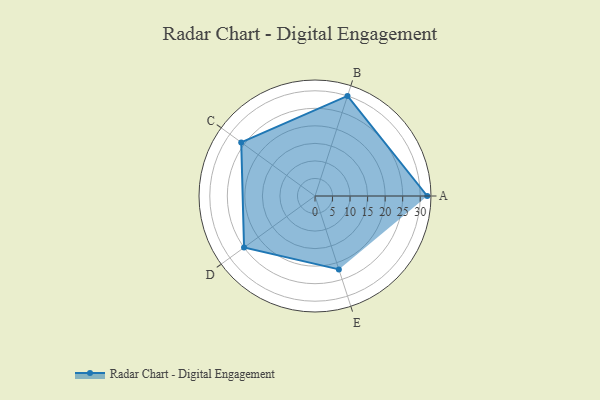
{"axis": {"x": "Skill", "y": "Score"}, "legend": ["Profile"], "data": [{"x": "A", "y": 32.0, "type": "Profile"}, {"x": "B", "y": 30.0, "type": "Profile"}, {"x": "C", "y": 26.0, "type": "Profile"}, {"x": "D", "y": 25.0, "type": "Profile"}, {"x": "E", "y": 22.0, "type": "Profile"}]}